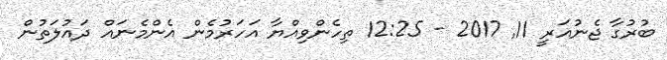
ބުރުގާ ޖެނުއަރީ 11